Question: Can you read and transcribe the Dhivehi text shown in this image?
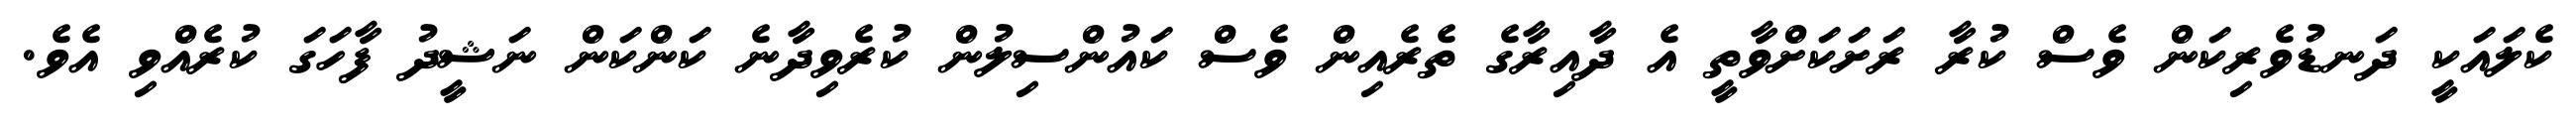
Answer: ކެލައަކީ ދަނޑުވެރިކަން ވެސް ކުރާ ރަށަކަށްވާތީ އެ ދާއިރާގެ ތެރެއިން ވެސް ކައުންސިލުން ކުރެވިދާނެ ކަންކަން ނަޝީދު ފާހަގަ ކުރެއްވި އެވެ.